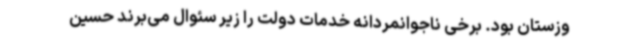
وزستان بود. برخی ناجوانمردانه خدمات دولت را زیر سئوال می‌برند حسین